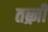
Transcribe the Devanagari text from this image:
तब्र्ज़ी